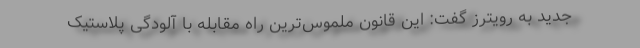
جدید به رویترز گفت: این قانون ملموس‌ترین راه مقابله با آلودگی پلاستیک